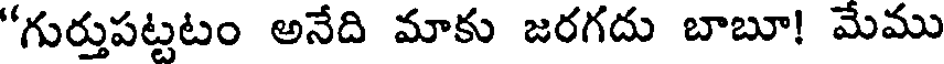
"గుర్తుపట్టటం అనేది మాకు జరగదు బాబూ! మేము